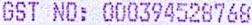
GST NO: 000394528768